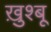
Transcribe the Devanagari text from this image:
ख़ुश्बू